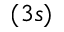
( 3 s )